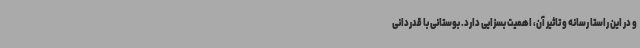
و در این راستا رسانه و تاثیر آن، اهمیت بسزایی دارد. بوستانی با قدردانی